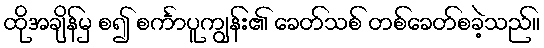
ထိုအချိန်မှ စ၍ စင်္ကာပူကျွန်း၏ ခေတ်သစ် တစ်ခေတ်စခဲ့သည်။